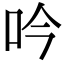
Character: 吟